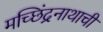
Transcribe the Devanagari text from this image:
मच्छिंद्रनाथाची